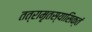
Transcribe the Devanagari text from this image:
तत्रामृतस्यासिक्तं